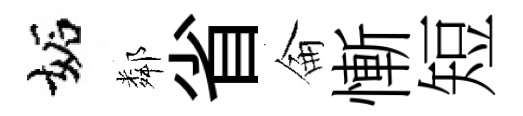
妬鄰省侖慚短